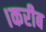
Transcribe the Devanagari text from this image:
।करीब